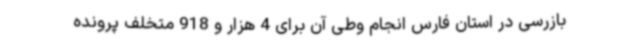
بازرسی در استان فارس انجام وطی آن برای 4 هزار و 918 متخلف پرونده‌